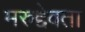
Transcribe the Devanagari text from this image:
मरुद्देवता